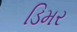
ડિમર